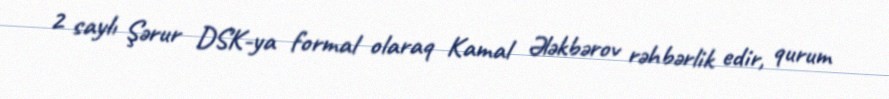
2 saylı Şərur DSK-ya formal olaraq Kamal Ələkbərov rəhbərlik edir, qurum